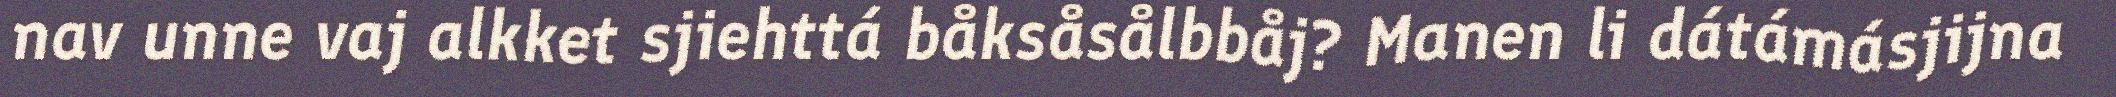
nav unne vaj alkket sjiehttá båksåsålbbåj? Manen li dátámásjijna